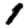
Digit: 1